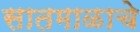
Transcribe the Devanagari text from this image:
सातमाळाचे